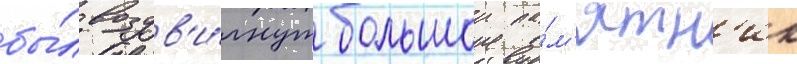
бы́л воздв'и́гнут большои па́м'ятн'ик